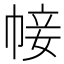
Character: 帹